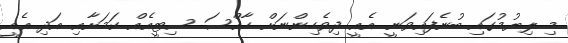
މި ލިޔުމުގައި ބުނެފައިވަނީ އެއީ ދިވެހިންނަށް ހާއްސަ ސިޓީއެއް ކަމަށާއި އަދި އެއީ